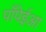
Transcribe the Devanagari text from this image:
पाँपेईआ